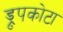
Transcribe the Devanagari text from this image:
ड्रुपकोटा